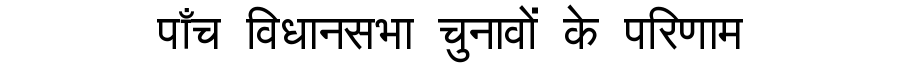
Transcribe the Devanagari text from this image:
पाँच विधानसभा चुनावों के परिणाम